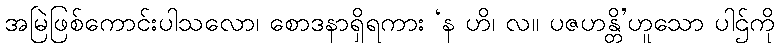
အမြဲဖြစ်ကောင်းပါသလော၊ စောဒနာရှိရကား ‘န ဟိ၊ လ။ ပဇဟန္တိ’ဟူသော ပါဌ်ကို